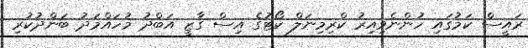
ރައީސް ކަމުގައި ހުންނެވިއިރު ކްރިމިނަލް ކޯޓުގެ އިސް ގާޒީ އަބްދު މުހައްމަދު ބަންދުކުރި